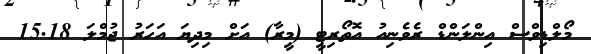
މޯލްޑިވްސް އިންލަންޑް ރެވެނިއު އޮތޯރިޓީ (މީރާ) އަށް މިދިޔަ އަހަރު ޖުމްލަ 15.18